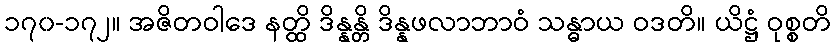
၁၇၀-၁၇၂။ အဇိတဝါဒေ နတ္ထိ ဒိန္နန္တိ ဒိန္နဖလာဘာဝံ သန္ဓာယ ဝဒတိ။ ယိဋ္ဌံ ဝုစ္စတိ